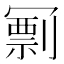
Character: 𠖟